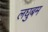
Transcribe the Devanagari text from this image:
लघुबम